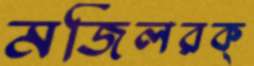
মজিলরক্